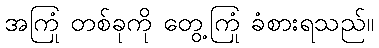
အကြုံ တစ်ခုကို တွေ့ကြုံ ခံစားရသည်။